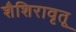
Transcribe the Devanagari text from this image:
शैशिरावृतू